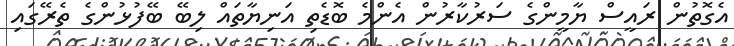
އެގޮތުން ރައީސް ޔާމީންގެ ސަރުކާރުން އެންމެ ބޮޑެތި އަނިޔާތައް ލިބޭ ބޭފުޅުންގެ ތެރޭގައި